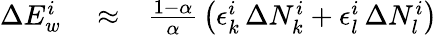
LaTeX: \begin{array}{rlr}{\Delta E_{w}^{i}}&{{}\approx}&{\frac{1-\alpha}{\alpha}\, \left(\epsilon_{k}^{i}\, \Delta N_{k}^{i}+\epsilon_{l}^{i}\, \Delta N_{l}^{i}\right)}\end{array}